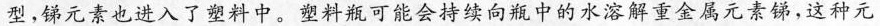
型，元素也进入了塑料中。塑料商可能会持续向瓶中的水滨解重金属元素锑，这种元